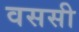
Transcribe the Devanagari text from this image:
वससी